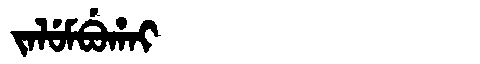
Manchu: ᠵᠠᠯᡠᠮᠪᡠᡥᠠᡳ
Romanization: JALUMBUHAI